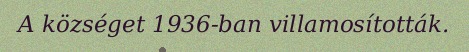
A községet 1936-ban villamosították.